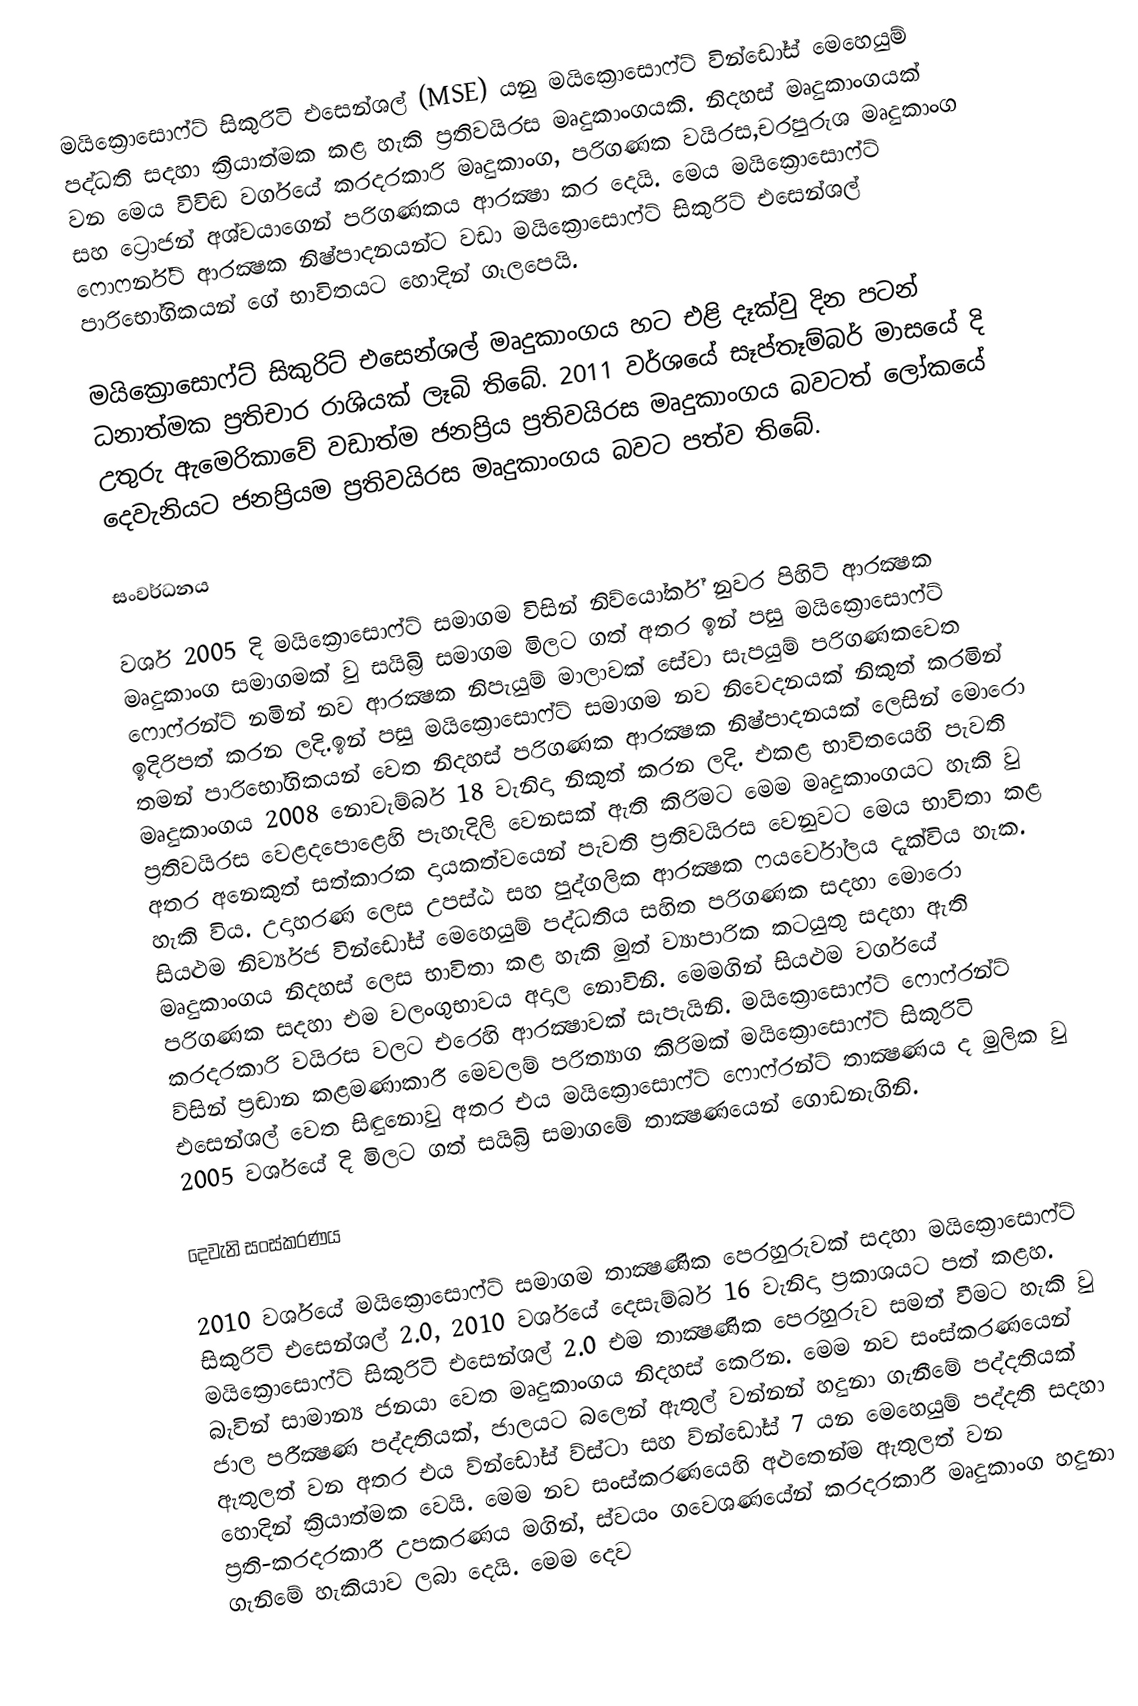
මයික්‍රොසොෆ්ට් සිකුරිටි එසෙන්ශල් (MSE) යනු මයික්‍රොසොෆ්ට් වින්ඩෝස් මෙහෙයුම් පද්ධති සදහා ක්‍රියාත්මක කළ හැකි ප්‍රතිවයිරස මෘදුකාංගයකි. නිදහස් මෘදුකාංගයක් වන මෙය විවිඬ වර්ගයේ කරදරකාරි මෘදුකාංග, පරිගණක වයිරස,චරපුරුශ මෘදුකාංග සහ ට්‍රොජන් අශ්වයාගෙන් පරිගණකය ආරක්‍ෂා කර දෙයි. මෙය මයික්‍රොසොෆ්ට් ෆොෆර්න්ට් ආරක්‍ෂක නිෂ්පාදනයන්ට වඩා මයික්‍රොසොෆ්ට් සිකුරිට් එසෙන්ශල් පාරිභෝගිකයන් ගේ භාවිතයට හොදින් ගෑලපෙයි.

මයික්‍රොසොෆ්ට් සිකුරිට් එසෙන්ශල් මෘදුකාංගය හට එළි දෑක්වු දින පටන් ධනාත්මක ප්‍රතිචාර රාශියක් ලෑබි තිබේ. 2011 වර්ශයේ සෑප්තෑම්බර් මාසයේ දි උතුරු ඇමෙරිකාවේ වඩාත්ම ජනප්‍රිය ප්‍රතිවයිරස මෘදුකාංගය බවටත් ලෝකයේ දෙවැනියට ජනප්‍රියම  ප්‍රතිවයිරස  මෘදුකාංගය බවට පත්ව තිබේ.

සංවර්ධනය

වර්ශ 2005 දි මයික්‍රොසොෆ්ට් සමාගම විසින් නිව්යෝර්ක් නුවර පිහිටි ආරක්‍ෂක මෘදුකාංග සමාගමක් වු සයිබ්‍රි සමාගම මිලට ගත් අතර ඉන් පසු මයික්‍රොසොෆ්ට් ෆොෆ්රන්ට් නමින් නව ආරක්‍ෂක නිපැයුම් මාලාවක් සේවා සැපයුම් පරිගණකවෙත ඉදිරිපත් කරන ලදි.ඉන් පසු මයික්‍රොසොෆ්ට් සමාගම නව නිවෙදනයක් නිකුත් කරමින් තමන් පාරිභෝගිකයන් වෙත නිදහස් පරිගණක ආරක්‍ෂක නිෂ්පාදනයක් ලෙසින් මොරො මෘදුකාංගය 2008 නොවැම්බර් 18 වැනිදා නිකුත් කරන ලදි. එකළ භාවිතයෙහි පැවති ප්‍රතිවයිරස වෙළදපොළෙහි පැහැදිලි වෙනසක් ඇති කිරිමට මෙම මෘදුකාංගයට හැකි වු අතර අනෙකුත් සත්කාරක දායකත්වයෙන් පැවති ප්‍රතිවයිරස වෙනුවට මෙය භාවිතා කළ හැකි විය. උදාහරණ ලෙස උපස්ඨ සහ පුද්ගලික ආරක්‍ෂක ෆයර්වෝලය දැක්විය හැක. සියළුම නිර්ව්‍යජ වින්ඩෝස් මෙහෙයුම් පද්ධතිය සහිත පරිගණක සදහා මොරො මෘදුකාංගය නිදහස් ලෙස භාවිතා කළ හැකි මුත් ව්‍යාපාරික කටයුතු සදහා ඇති පරිගණක සදහා එම වලංගුභාවය අදාල නොවිනි. මෙමගින් සියළුම වර්ගයේ කරදරකාරි වයිරස වලට එරෙහි ආරක්‍ෂාවක් සැපැයිනි. මයික්‍රොසොෆ්ට් ෆොෆ්රන්ට් ව්සින් ප්‍රඬාන කළමණාකාරී මෙවලම් පරිත්‍යාග කිරිමක් මයික්‍රොසොෆ්ට් සිකුරිටි එසෙන්ශල් වෙත සිඳුනොවු අතර එය මයික්‍රොසොෆ්ට් ෆොෆ්රන්ට් තාක්‍ෂණය ද මුලික වු 2005 වර්ශයේ දි මිලට ගත් සයිබ්‍රි සමාගමේ තාක්‍ෂණයෙන් ගොඩනැගිනි.

දෙවැනි සංස්කරණය

2010 වර්ශයේ මයික්‍රොසොෆ්ට් සමාගම තාක්‍ෂණික පෙරහුරුවක් සදහා මයික්‍රොසොෆ්ට් සිකුරිටි එසෙන්ශල් 2.0, 2010 වර්ශයේ දෙසැම්බර් 16 වැනිදා ප්‍රකාශයට පත් කළහ. මයික්‍රොසොෆ්ට් සිකුරිටි එසෙන්ශල් 2.0 එම තාක්‍ෂණික පෙරහුරුව සමත් වීමට හැකි වු බැවින් සාමාන්‍ය ජනයා වෙත මෘදුකාංගය නිදහස් කෙරින. මෙම නව සංස්කරණයෙන් ජාල පරීක්‍ෂණ පද්දතියක්, ජාලයට බලෙන් ඇතුල් වන්නන් හදුනා ගැනීමේ පද්දතියක් ඇතුලත් වන අතර එය ව්න්ඩෝස් ව්ස්ටා සහ ව්න්ඩෝස් 7 යන මෙහෙයුම් පද්දති සදහා හොදින් ක්‍රියාත්මක වෙයි. මෙම නව සංස්කරණයෙහි අළුතෙන්ම ඇතුලත් වන ප්‍රති-කරදරකාරී උපකරණය මගින්, ස්වයං ගවෙශණයේන් කරදරකාරී මෘදුකාංග හදුනා ගැනිමේ හැකියාව ලබා දෙයි. මෙම දෙව